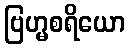
ဗြဟ္မစရိယော